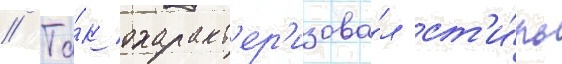
// Та́к охаракт'ер'изова́л ст'и́ль